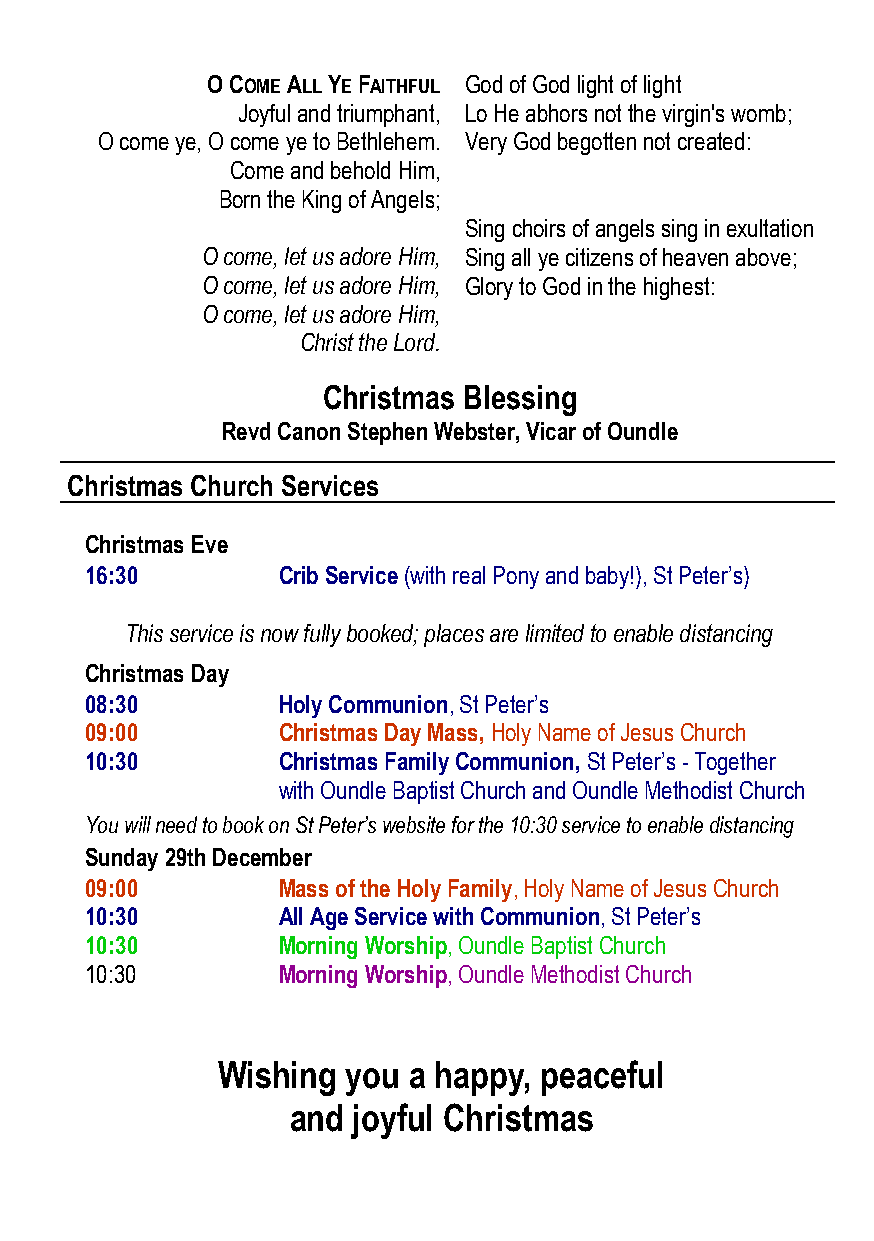
O COME ALL YE FAITHFUL God of God light of light
 Joyful and triumphant, Lo He abhors not the virgin's womb;
 O come ye, O come ye to Bethlehem. Very God begotten not created:
 Come and behold Him,
 Born the King of Angels;
 Sing choirs of angels sing in exultation
 O come, let us adore Him, Sing all ye citizens of heaven above;
 O come, let us adore Him, Glory to God in the highest:
 O come, let us adore Him,
 Christ the Lord.
 Christmas Blessing
 Revd Canon Stephen Webster, Vicar of Oundle
 Christmas Church Services
 Christmas Eve
 16:30       Crib Service (with real Pony and baby!), St Peter’s)
 This service is now fully booked; places are limited to enable distancing
 Christmas Day
 08:30       Holy Communion, St Peter’s
 09:00       Christmas Day Mass, Holy Name of Jesus Church
 10:30       Christmas Family Communion, St Peter’s - Together
 with Oundle Baptist Church and Oundle Methodist Church
 You will need to book on St Peter’s website for the 10:30 service to enable distancing
 Sunday 29th December
 09:00       Mass of the Holy Family, Holy Name of Jesus Church
 10:30       All Age Service with Communion, St Peter’s
 10:30       Morning Worship, Oundle Baptist Church
 10:30       Morning Worship, Oundle Methodist Church
 Wishing  you a happy, peaceful
 and joyful Christmas